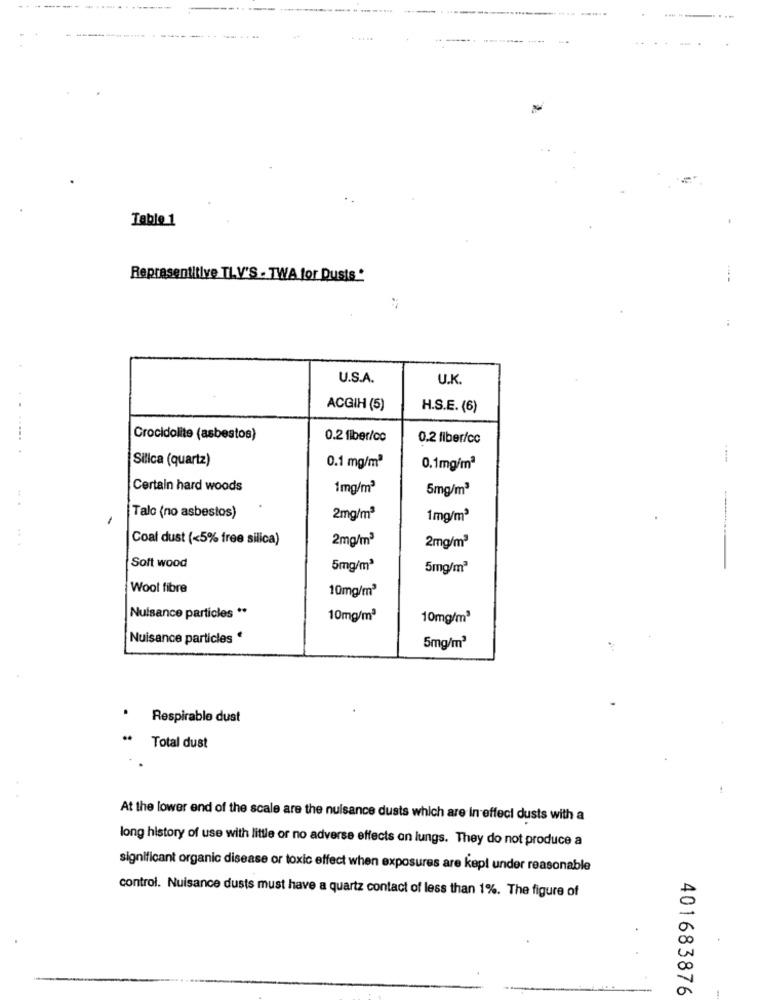
-------
. .....
Table 1
Representitive TLV'S - TWA for Dusts*
U.S.A.
U.K
ACGIH (5)
H.S.E. (6)
.. .....
Crocidolite (asbestos)
0.2 fiber/cc
0.2 fiber/cc
Silica (quartz)
0.1 mg/m3
0.1mg/m2
Certain hard woods
1mg/m3
5mg/m3
Talo (no asbestos)
2mg/m3
1mg/m3
.. .
Coal dust (<5% free silica)
2mg/m3
2mg/m3
Soft wood
5mg/m3
5mg/m3
Wool fibre
10mg/m3
Nuisance particles **
10mg/m3
10mg/m3
Nuisance particles *
5mg/m3
.
Respirable dust
. Total dust
..
At the lower end of the scale are the nuisance dusts which are In effeci dusts with a
long history of use with little or no adverse effects on lungs. They do not produce a
significant organic disease or toxic effect when exposures are kepl under reasonable
control. Nuisance dusts must have a quartz contact of less than 1%. The figure of
401683876